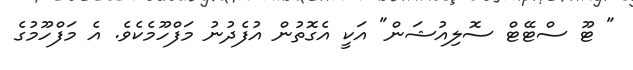
" ޓޫ ސްޓޭޓް ސޮލިއުޝަން" އަކީ އެގޮތުން އުފެދުނު މަފްހޫމެކެވެ. އެ މަފްހޫމުގެ